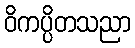
ဝိကပ္ပိတသညာ